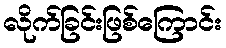
လိုက်ခြင်းဖြစ်ကြောင်း